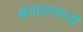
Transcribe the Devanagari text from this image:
संवादामध्ये